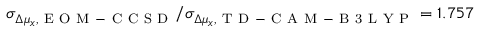
\sigma _ { \Delta \mu _ { x } , \mathrm { ~ E ~ O ~ M ~ - ~ C ~ C ~ S ~ D ~ } } / \sigma _ { \Delta \mu _ { x } , \mathrm { ~ T ~ D ~ - ~ C ~ A ~ M ~ - ~ B ~ 3 ~ L ~ Y ~ P ~ } } = 1 . 7 5 7